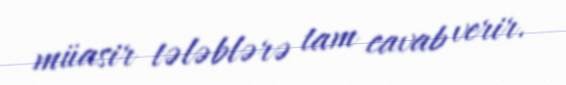
müasir tələblərə tam cavab verir.